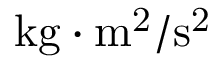
\mathrm { k g \cdot m ^ { 2 } / s ^ { 2 } }